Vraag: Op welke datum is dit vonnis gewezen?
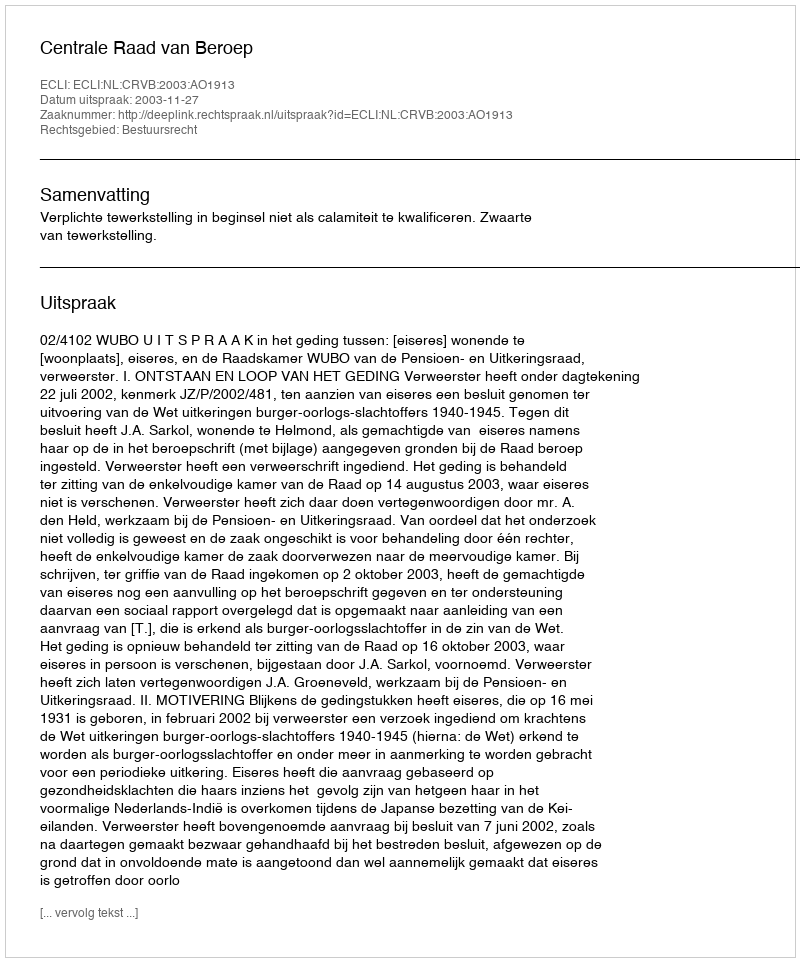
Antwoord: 2003-11-27